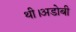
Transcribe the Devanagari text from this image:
थी।अडोबी